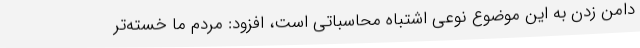
دامن زدن به این موضوع نوعی اشتباه محاسباتی است، افزود: مردم ما خسته‌تر